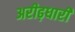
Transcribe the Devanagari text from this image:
अरीढ़धारी